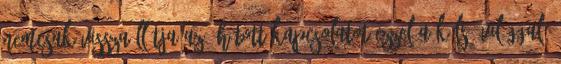
nemcsak visszaállítja az áhított kapcsolatot ezzel a külső világgal,